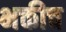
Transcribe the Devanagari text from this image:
भक्तीच